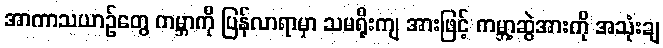
အာကာသယာဉ်တွေ ကမ္ဘာကို ပြန်လာရာမှာ သမရိုးကျ အားဖြင့် ကမ္ဘာ့ဆွဲအားကို အသုံးချ